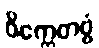
ဝိက္ကေတဗ္ဗံ